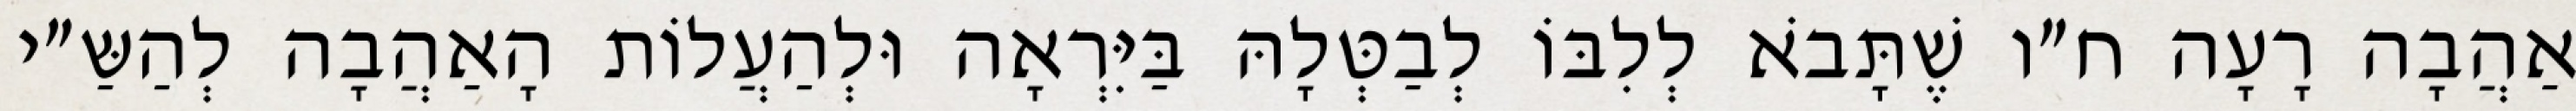
אַהֲבָה רָעָה ח״ו שֶׁתָּבֹא לְלִבּוֹ לְבַטְּלָהּ בַּיִּרְאָה וּלְהַעֲלוֹת הָאַהֲבָה לְהַשַּ״י